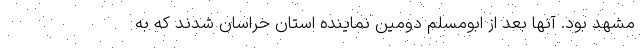
مشهد بود. آنها بعد از ابومسلم دومین نماینده استان خراسان شدند که به